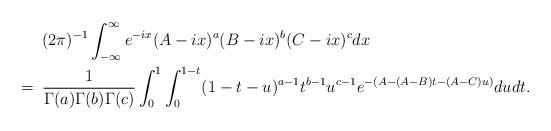
LaTeX: \begin{align*} &\,\,\, (2\pi)^{-1} \int_{-\infty}^{\infty} e^{-ix} (A - ix)^a ( B - ix)^b (C-ix)^c dx \\ = &\,\,\, \frac{1 }{\Gamma(a) \Gamma(b) \Gamma(c)} \int_0^1 \int_0^{1-t} (1 - t -u)^{a-1} t^{b-1} u^{c-1} e^{ -(A -(A -B)t - (A - C)u )} dudt. \end{align*}